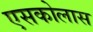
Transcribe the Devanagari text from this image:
एसकोलास